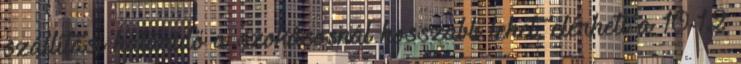
szállítási határidő a szokásosnál hosszabb lehet, elérheti a 10-12